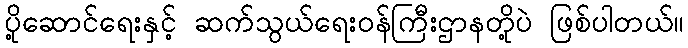
ပို့ဆောင်ရေးနှင့် ဆက်သွယ်ရေး၀န်ကြီးဌာနတို့ပဲ ဖြစ်ပါတယ်။